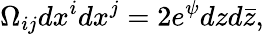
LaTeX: \Omega_{ij}dx^{i}dx^{j}=2e^{\psi}dzd\bar{z},